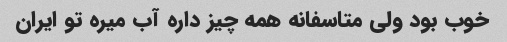
خوب بود ولی متاسفانه همه چیز داره آب میره تو ایران